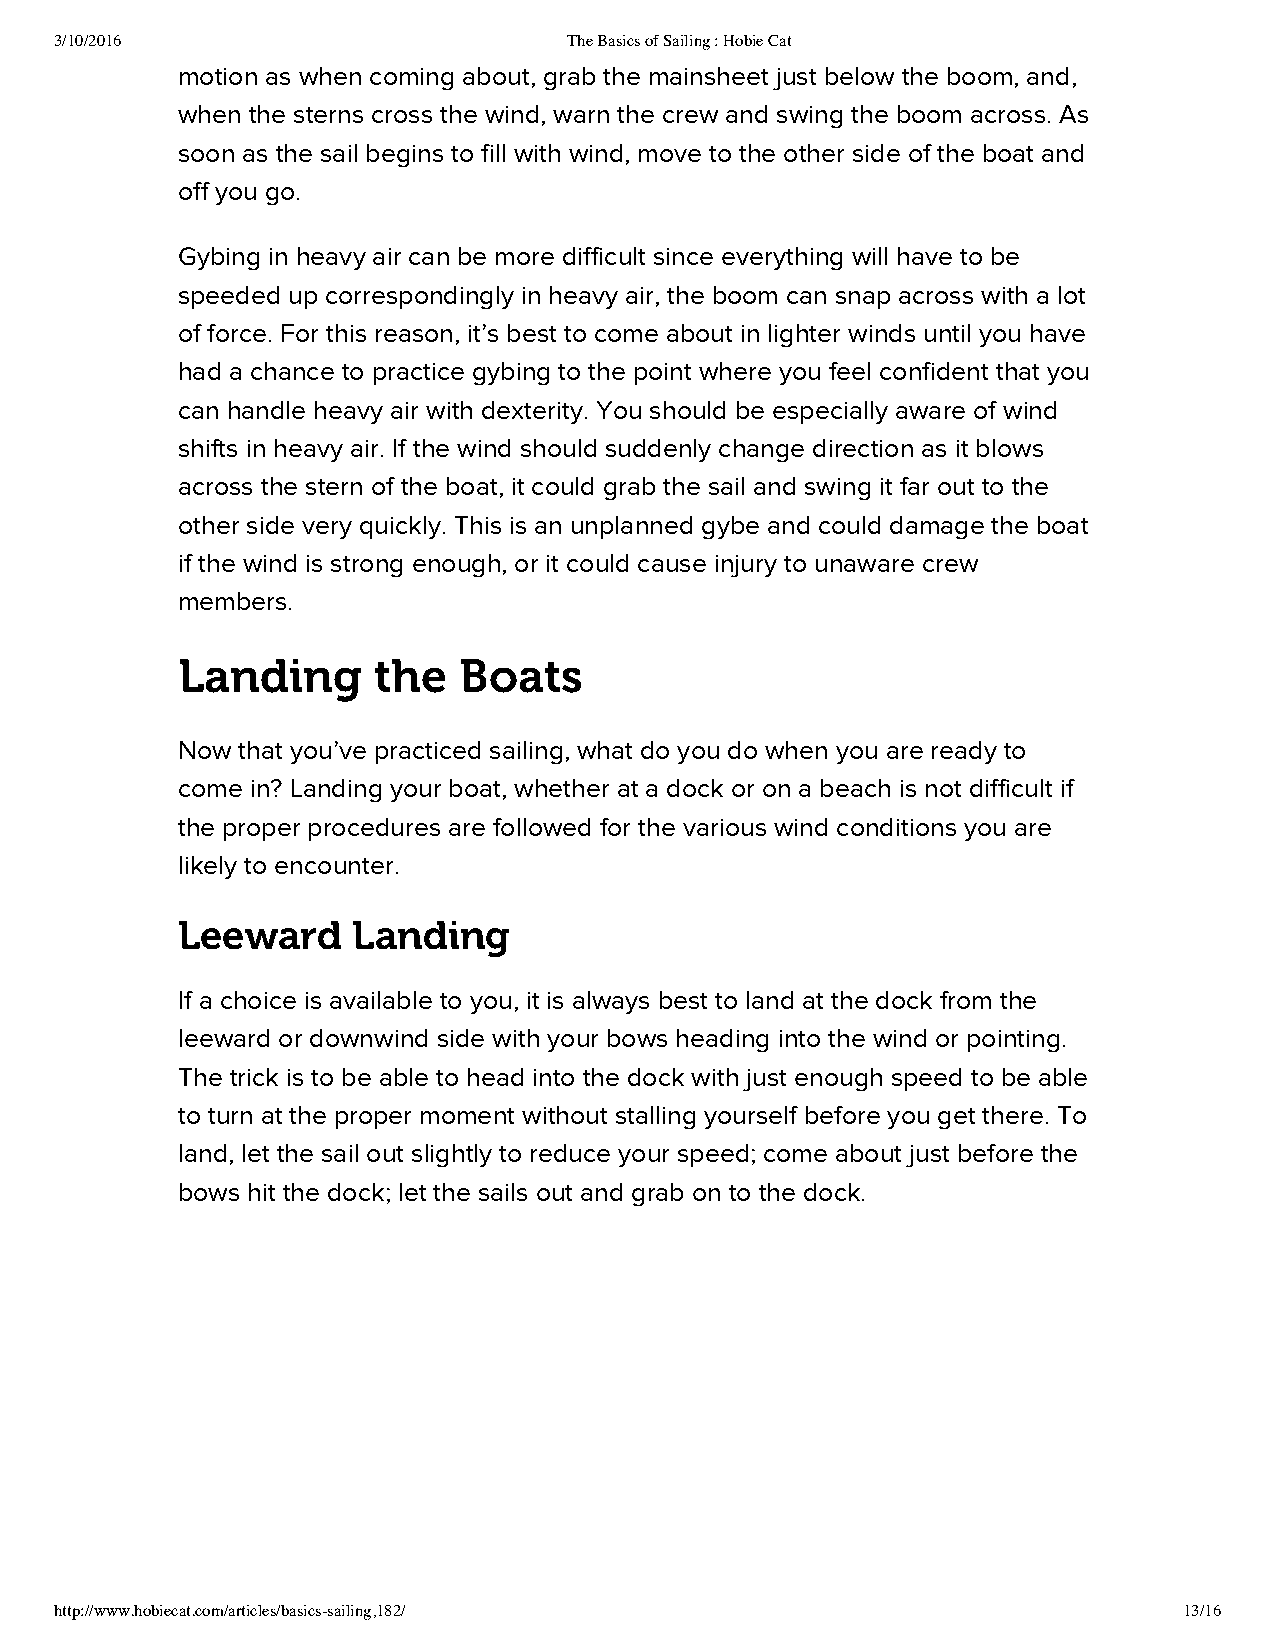
3/10/2016                         The Basics of Sailing : Hobie Cat
 motion as when coming about, grab the mainsheet just below the boom, and,
 when the sterns cross the wind, warn the crew and swing the boom across. As
 soon as the sail begins to fill with wind, move to the other side of the boat and
 off you go.
 Gybing in heavy air can be more difficult since everything will have to be
 speeded up correspondingly in heavy air, the boom can snap across with a lot
 of force. For this reason, it’s best to come about in lighter winds until you have
 had a chance to practice gybing to the point where you feel confident that you
 can handle heavy air with dexterity. You should be especially aware of wind
 shifts in heavy air. If the wind should suddenly change direction as it blows
 across the stern of the boat, it could grab the sail and swing it far out to the
 other side very quickly. This is an unplanned gybe and could damage the boat
 if the wind is strong enough, or it could cause injury to unaware crew
 members.
 Landing      the  Boats
 Now that you’ve practiced sailing, what do you do when you are ready to
 come in? Landing your boat, whether at a dock or on a beach is not difficult if
 the proper procedures are followed for the various wind conditions you are
 likely to encounter.
 Leeward    Landing
 If a choice is available to you, it is always best to land at the dock from the
 leeward or downwind side with your bows heading into the wind or pointing.
 The trick is to be able to head into the dock with just enough speed to be able
 to turn at the proper moment without stalling yourself before you get there. To
 land, let the sail out slightly to reduce your speed; come about just before the
 bows hit the dock; let the sails out and grab on to the dock.
 http://www.hobiecat.com/articles/basics-sailing,182/                      13/16